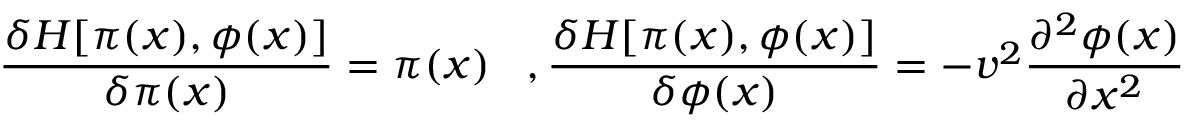
\frac { \delta H [ \pi ( x ) , \phi ( x ) ] } { \delta \pi ( x ) } = \pi ( x ) \; \; \; , \frac { \delta H [ \pi ( x ) , \phi ( x ) ] } { \delta \phi ( x ) } = - v ^ { 2 } \frac { \partial ^ { 2 } \phi ( x ) } { \partial x ^ { 2 } }